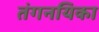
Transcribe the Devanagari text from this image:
तंगनयिका